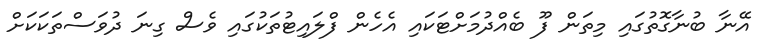
އޭނާ ބުނާގޮތުގައި މިތަން ފޫ ބެއްދުމަށްޓަކައި އެހެން ފްލައިޓުތަކުގައި ވެސް ގިނަ ދުވަސްތަކަކަށް